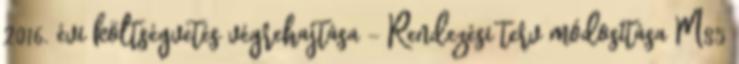
2016. évi költségvetés végrehajtása - Rendezési terv módosítása M85